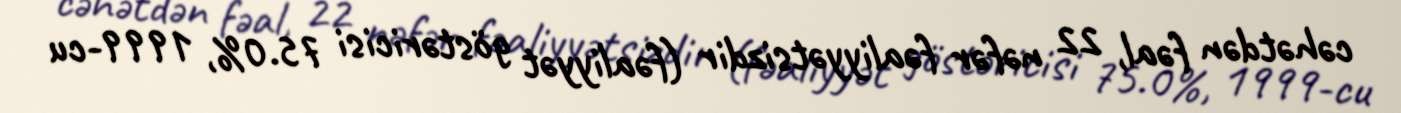
cəhətdən fəal, 22 nəfər fəaliyyətsizdir (fəaliyyət göstəricisi 75.0%, 1999-cu